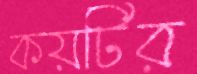
কয়টির